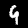
Digit: 9